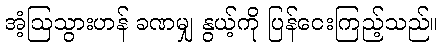
အံ့ဩသွားဟန် ခဏမျှ နွယ့်ကို ပြန်ငေးကြည့်သည်။